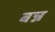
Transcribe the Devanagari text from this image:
बन्न